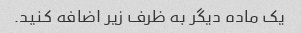
یک ماده دیگر به ظرف زیر اضافه کنید.